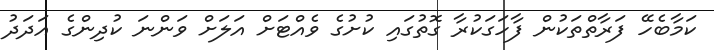
ކަމާބެހޭ ފަރާތްތަކުން ފާހަގަކުރާ ގޮތުގައި ކުށުގެ ވެއްޓަށް އަލަށް ވަންނަ ކުދިންގެ އަދަދު